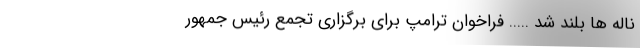
ناله ها بلند شد ..... فراخوان ترامپ برای برگزاری تجمع رئیس جمهور